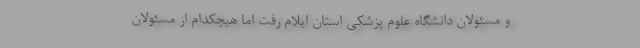
و مسئولان دانشگاه علوم پزشکی استان ایلام رفت اما هیچکدام از مسئولان